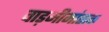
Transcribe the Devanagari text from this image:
वाड़मीमांसक